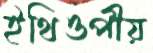
ইথিওপীয়